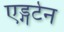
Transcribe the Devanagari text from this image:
एड्गर्टन